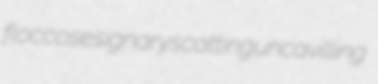
floccose signary scatting uncavilling